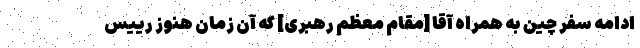
ادامه سفر چین به همراه آقا [مقام معظم رهبری] که آن زمان هنوز رییس